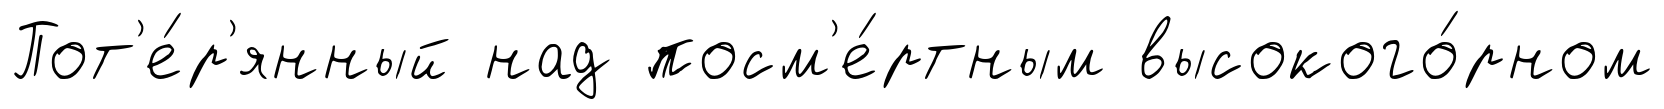
Пот'е́р'янный над посм'е́ртным высокого́рном